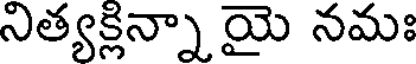
నిత్యక్లిన్నా యై నమః